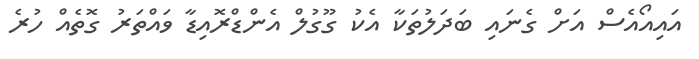
އައިއޯއެސް އަށް ގެނައި ބަދަލުތަކާ އެކު ގޫގުލް އެންޑްރޮއިޑާ ވައްތަރު ގޮތެއް ހުރެ